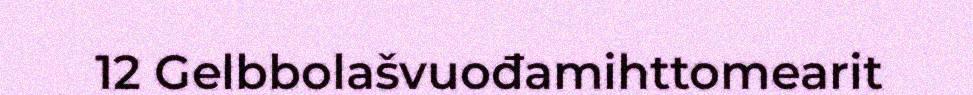
12 Gelbbolašvuođamihttomearit